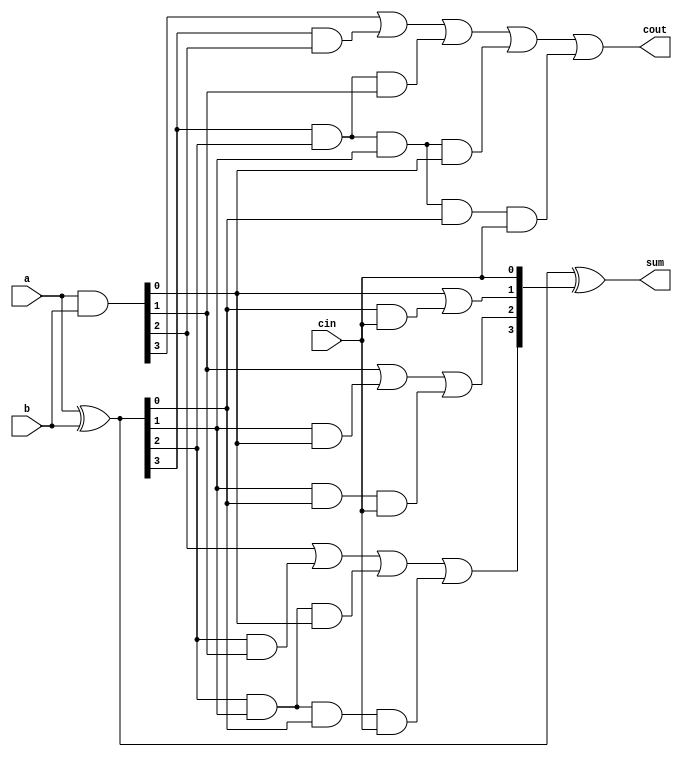
module carry_lookahead_adder_4_bit(a,b, cin, sum,cout);
input [3:0] a,b;
input cin;
output [3:0] sum;
output cout;
 
wire [3:0] p,g,c;
 
assign p=a^b;//propagate
assign g=a&b; //generate
 
assign c[0]=cin;
assign c[1]= g[0]|(p[0]&c[0]);
assign c[2]= g[1] | (p[1]&g[0]) | p[1]&p[0]&c[0];
assign c[3]= g[2] | (p[2]&g[1]) | p[2]&p[1]&g[0] | p[2]&p[1]&p[0]&c[0];
assign cout= g[3] | (p[3]&g[2]) | p[3]&p[2]&g[1] | p[3]&p[2]&p[1]&g[0] | p[3]&p[2]&p[1]&p[0]&c[0];
assign sum=p^c;
 
endmodule